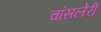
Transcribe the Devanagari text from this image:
चांसलेरी